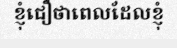
ខ្ញុំជឿថាពេលដែលខ្ញុំ